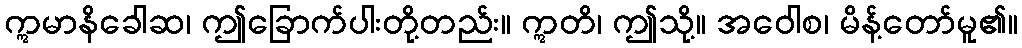
ဣမာနိခေါဆ၊ ဤခြောက်ပါးတို့တည်း။ ဣတိ၊ ဤသို့။ အဝေါစ၊ မိန့်တော်မူ၏။